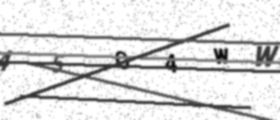
Text: 45O4WW